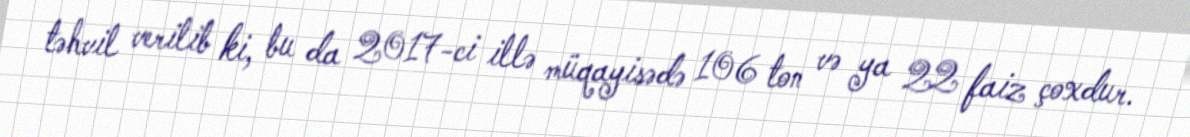
təhvil verilib ki, bu da 2017-ci illə müqayisədə 106 ton və ya 22 faiz çoxdur.